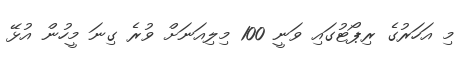
މި އަހަރުގެ ރިޕޯޓުގައި ވަނީ 100 މިލިއަނަށް ވުރެ ގިނަ މީހުން އުޅޭ